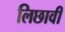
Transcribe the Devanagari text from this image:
लिछावी